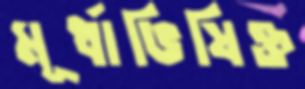
মূর্ধাভিষিক্ত